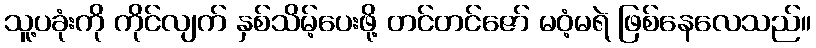
သူ့ပခုံးကို ကိုင်လျက် နှစ်သိမ့်ပေးဖို့ တင်တင်ဇော် မဝံ့မရဲ ဖြစ်နေလေသည်။